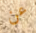
عن